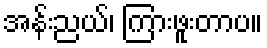
အန်းညယ်၊ ကြားဖူးတာပ။